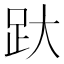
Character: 𰸂